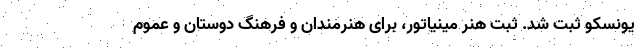
یونسکو ثبت شد. ثبت هنر مینیاتور، برای هنرمندان و فرهنگ دوستان و عموم